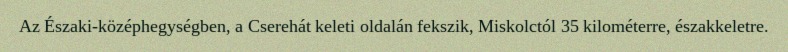
Az Északi-középhegységben, a Cserehát keleti oldalán fekszik, Miskolctól 35 kilométerre, északkeletre.